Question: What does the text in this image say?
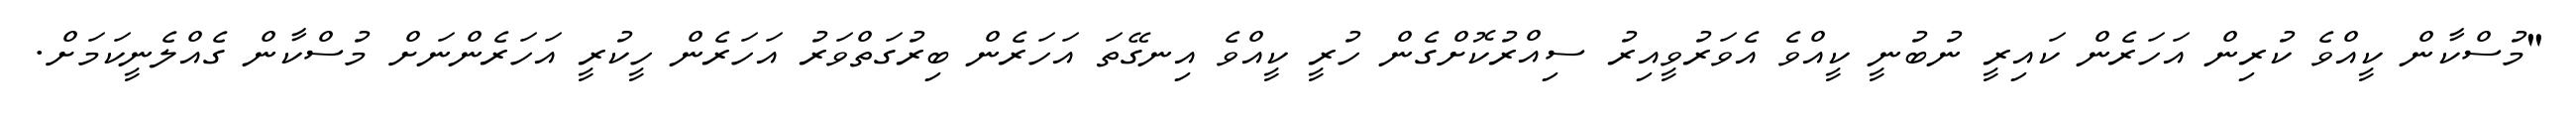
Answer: "މުސްކާން ކީއްވެ ކުރިން އަހަރެން ކައިރީ ނުބުނީ ކީއްވެ އެވަރުވީއިރު ސިއްރުކޮށްގެން ހުރީ ކީއްވެ އިނގޭތަ އަހަރެން ބިރުގަތްވަރު އަހަރެން ހީކުރީ އަހަރެންނަށް މުސްކާން ގެއްލެނީކަމަށް.